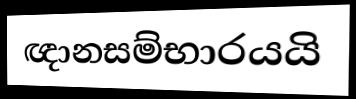
ඥානසම්භාරයයි